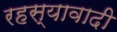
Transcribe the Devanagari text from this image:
रहस्यावादी